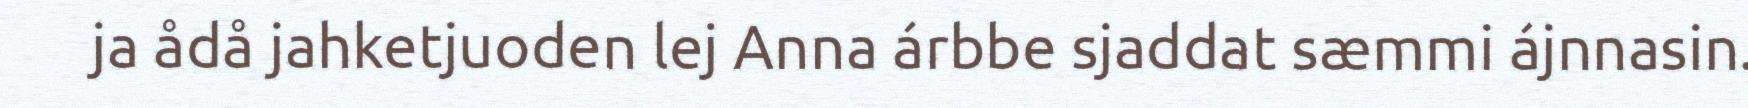
ja ådå jahketjuoden lej Anna árbbe sjaddat sæmmi ájnnasin.